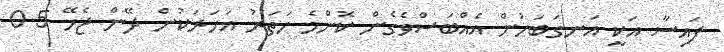
ފައިސާ އަކީ އަނގަބަހުން އެއްބަސްވެގެން ކޮންމެ ހަތަރު އަހަރަކުން ދޭން ޖެހޭ 0.5